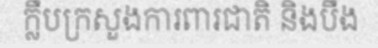
ក្លឹបក្រសួងការពារជាតិ និងបឹង